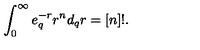
\int _ { 0 } ^ { \infty } e _ { q } ^ { - r } r ^ { n } d _ { q } r = [ n ] ! .